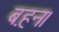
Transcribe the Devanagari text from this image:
ब़हन।